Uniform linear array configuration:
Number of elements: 24
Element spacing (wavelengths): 1
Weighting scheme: cosine
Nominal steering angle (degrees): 60
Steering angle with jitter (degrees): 59.42
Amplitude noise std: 0.05
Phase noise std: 0.05

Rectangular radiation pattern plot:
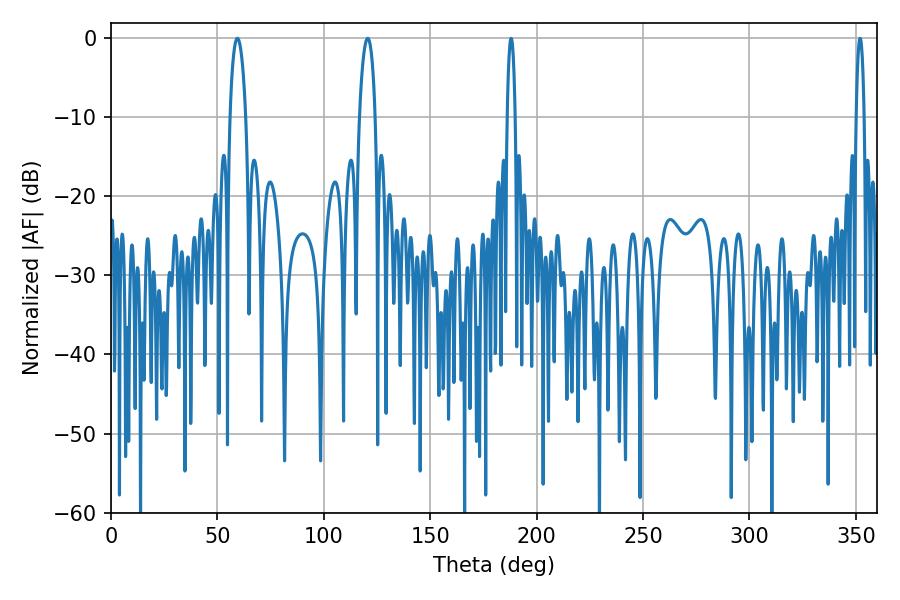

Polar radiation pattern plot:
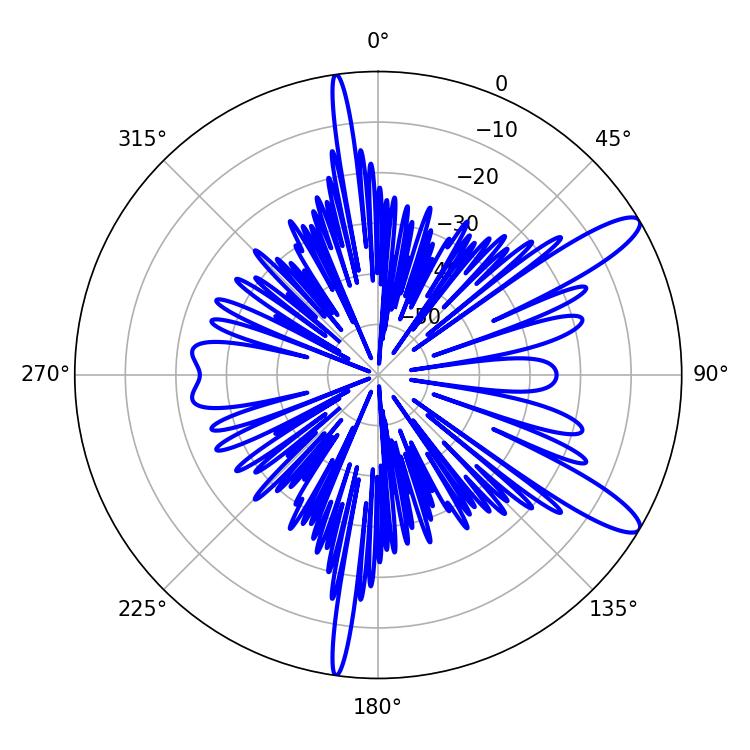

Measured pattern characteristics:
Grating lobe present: TRUE
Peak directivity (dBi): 11.922
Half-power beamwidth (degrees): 4.14
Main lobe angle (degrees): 59.4